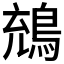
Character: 𪁇